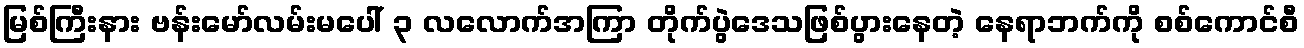
မြစ်ကြီးနား ဗန်းမော်လမ်းမပေါ် ၃ လလောက်အကြာ တိုက်ပွဲဒေသဖြစ်ပွားနေတဲ့ နေရာဘက်ကို စစ်ကောင်စီ